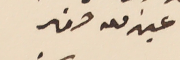
عبدالله صفير